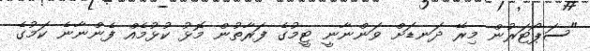
"ސަޕޯޓަރުން މިރޭ ދަނޑަށް ވަންނާނީ ޓީމުގެ ފަރާތުން މޮޅު ކުޅުމެއް ފެންނާނެ ކަމުގެ